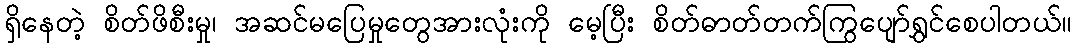
ရှိနေတဲ့ စိတ်ဖိစီးမှု၊ အဆင်မပြေမှုတွေအားလုံးကို မေ့ပြီး စိတ်ဓာတ်တက်ကြွပျော်ရွှင်စေပါတယ်။